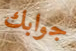
جوابك